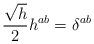
LaTeX: \begin{align*} \frac{\sqrt{h}}{2}h^{ab}=\delta^{ab}\end{align*}